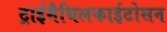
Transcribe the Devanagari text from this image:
ट्राईमैथिलकाईटोसन